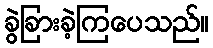
ခွဲခြားခဲ့ကြပေသည်။